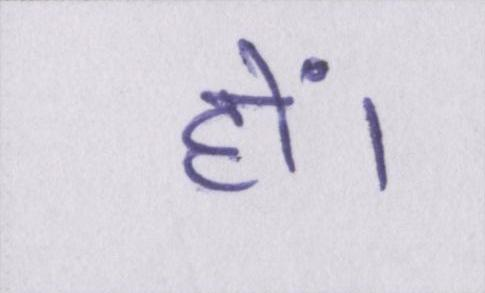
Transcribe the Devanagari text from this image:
हों।